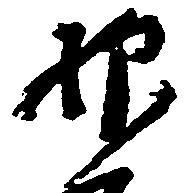
抑